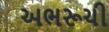
અભરૂચી